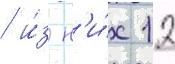
/ и́з н'и́х 12